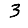
Digit: 3